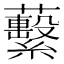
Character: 蘻